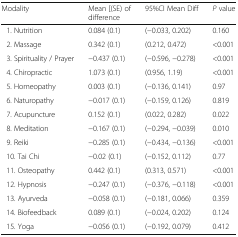
<table><thead><tr><td><b>Modality</b></td><td><b>Mean [(SE) of difference</b></td><td><b>95%CI Mean Diff</b></td><td><b><i>P</i> value</b></td></tr></thead><tbody><tr><td> 1. Nutrition</td><td>0.084 (0.1)</td><td>(−0.033, 0.202)</td><td>0.160</td></tr><tr><td> 2. Massage</td><td>0.342 (0.1)</td><td>(0.212, 0.472)</td><td>&lt;0.001</td></tr><tr><td> 3. Spirituality / Prayer</td><td>−0.437 (0.1)</td><td>(−0.596, −0.278)</td><td>&lt;0.001</td></tr><tr><td> 4. Chiropractic</td><td>1.073 (0.1)</td><td>(0.956, 1.19)</td><td>&lt;0.001</td></tr><tr><td> 5. Homeopathy</td><td>0.003 (0.1)</td><td>(−0.136, 0.141)</td><td>0.97</td></tr><tr><td> 6. Naturopathy</td><td>−0.017 (0.1)</td><td>(−0.159, 0.126)</td><td>0.819</td></tr><tr><td> 7. Acupuncture</td><td>0.152 (0.1)</td><td>(0.022, 0.282)</td><td>0.022</td></tr><tr><td> 8. Meditation</td><td>−0.167 (0.1)</td><td>(−0.294, −0.039)</td><td>0.010</td></tr><tr><td> 9. Reiki</td><td>−0.285 (0.1)</td><td>(−0.434, −0.136)</td><td>&lt;0.001</td></tr><tr><td> 10. Tai Chi</td><td>−0.02 (0.1)</td><td>(−0.152, 0.112)</td><td>0.77</td></tr><tr><td> 11. Osteopathy</td><td>0.442 (0.1)</td><td>(0.313, 0.571)</td><td>&lt;0.001</td></tr><tr><td> 12. Hypnosis</td><td>−0.247 (0.1)</td><td>(−0.376, −0.118)</td><td>&lt;0.001</td></tr><tr><td> 13. Ayurveda</td><td>−0.058 (0.1)</td><td>(−0.181, 0.066)</td><td>0.359</td></tr><tr><td> 14. Biofeedback</td><td>0.089 (0.1)</td><td>(−0.024, 0.202)</td><td>0.124</td></tr><tr><td> 15. Yoga</td><td>−0.056 (0.1)</td><td>(−0.192, 0.079)</td><td>0.412</td></tr></tbody></table>